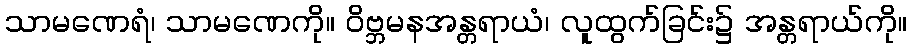
သာမဏေရံ၊ သာမဏေကို။ ဝိဗ္ဘမနအန္တရာယံ၊ လူထွက်ခြင်း၌ အန္တရာယ်ကို။